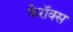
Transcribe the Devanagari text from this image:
फेरॉक्स